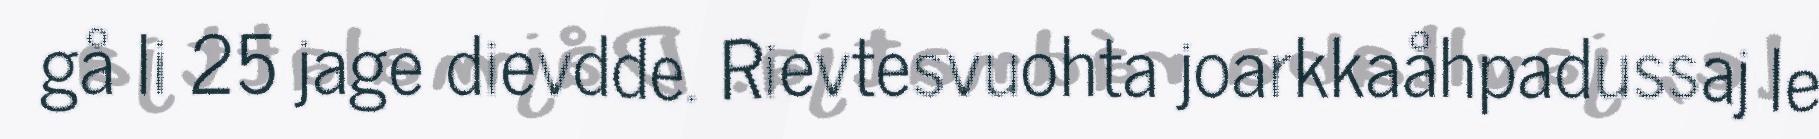
gå li 25 jage dievdde. Rievtesvuohta joarkkaåhpadussaj le